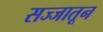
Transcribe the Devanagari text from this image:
सज्जातून